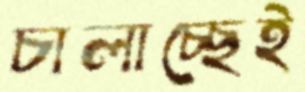
চালাচ্ছেই